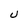
Character: U